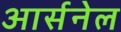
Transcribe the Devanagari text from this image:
आर्सनेल